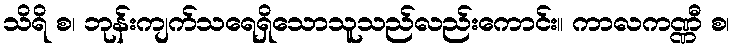
သိရိ စ၊ ဘုန်းကျက်သရေရှိသောသူသည်လည်းကောင်း။ ကာလကဏ္ဏီ စ၊